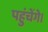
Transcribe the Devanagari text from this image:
पहुंचेंगे।